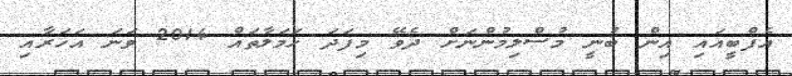
އެފްބީއައި އިން ބުނީ މުސްލިމުންނަށް ދެވޭ މިފަދަ ހަމަލާތައް 2014 ވަނަ އަހަރާއި